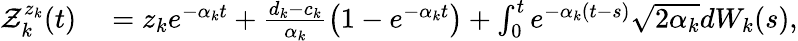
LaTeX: \begin{array}{rl}{\mathcal{Z}_{k}^{z_{k}}(t)}&{{}=z_{k}e^{-\alpha_{k}t}+\frac{d_{k}-c_{k}}{\alpha_{k}}\left(1-e^{-\alpha_{k}t}\right)+\int_{0}^{t}e^{-\alpha_{k}(t-s)}\sqrt{2\alpha_{k}}dW_{k}(s),}\end{array}